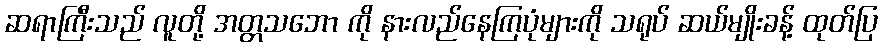
ဆရာကြီးသည် လူတို့ အတ္တသဘော ကို နားလည်နေကြပုံများကို သရုပ် ဆယ်မျိုးခန့် ထုတ်ပြ